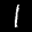
Label: 1